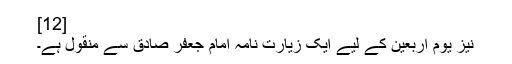
[12]
نیز یوم اربعین کے لیے ایک زیارت نامہ امام جعفر صادق سے منقول ہے۔